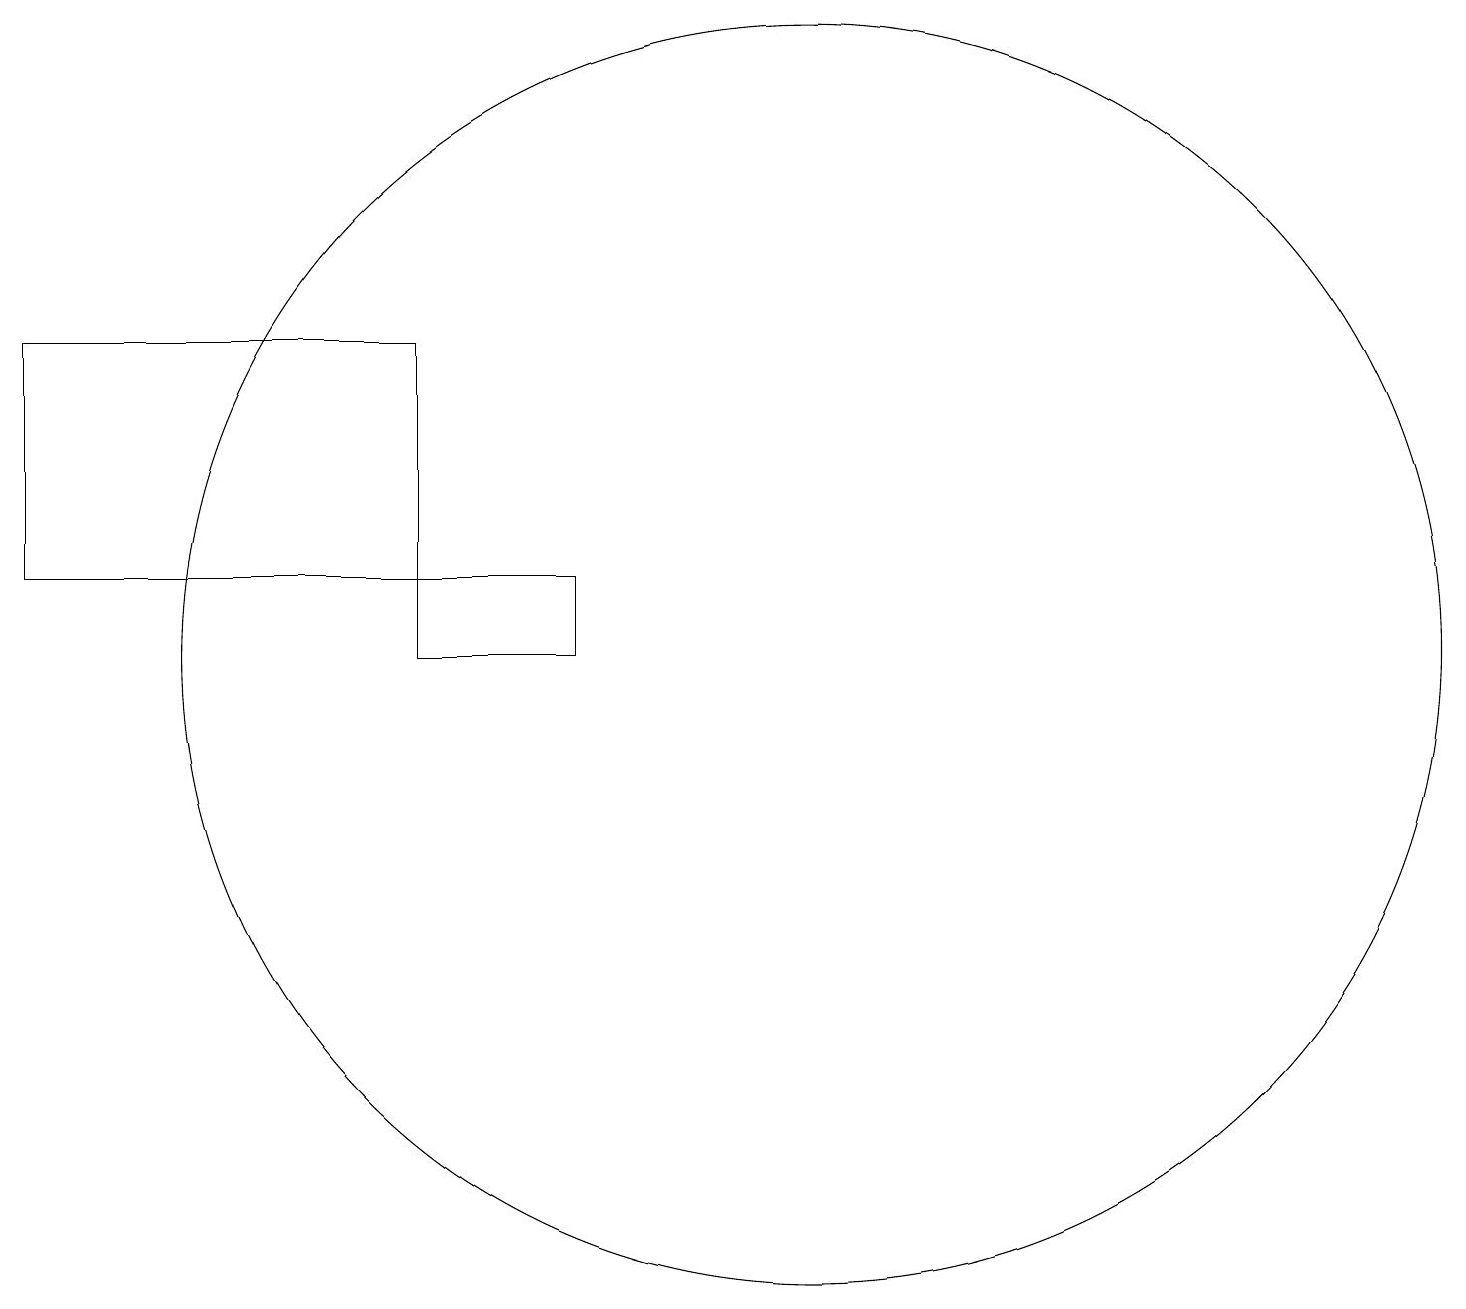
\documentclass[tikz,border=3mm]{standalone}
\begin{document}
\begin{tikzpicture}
\draw (7,10) rectangle (5,11);
\draw (10,10) circle (8);
\draw (0,14) rectangle (5,11);
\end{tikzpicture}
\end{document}